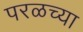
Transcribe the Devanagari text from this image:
परळच्या